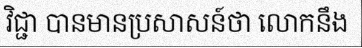
វិជ្ជា បានមានប្រសាសន៍ថា លោកនឹង